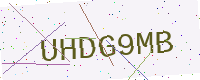
Text: UHDG9MB